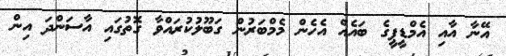
އޭނާ އާއި އެމްޑީޕީގެ ބައެއް އެހެން މެމްބަރުން ގަބޫލުކުރައްވާ ގޮތުގައި އާސަންދަ އިން